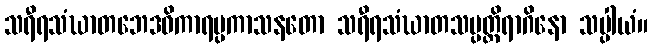
သရီရသံဃာတဘေဒဝိကာရပ္ပကာသနတော သရီရသံဃာတသမ္ပတ္တိရာဂိနော သပ္ပါယံ။